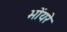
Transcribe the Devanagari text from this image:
भोंयरे